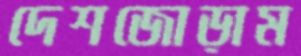
দেশজোড়াম